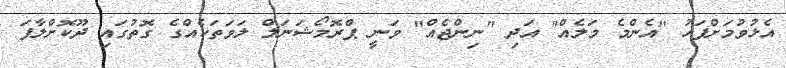
އެޅުވުމަށްފަހު "އެންމެ މަލެއް" އަދި "ނިންޖެއް" ވަނީ ޕްރޮމޯޝަނަލް ލަވަތަކެއްގެ ގޮތުގައި ދޫކޮށްލާފަ